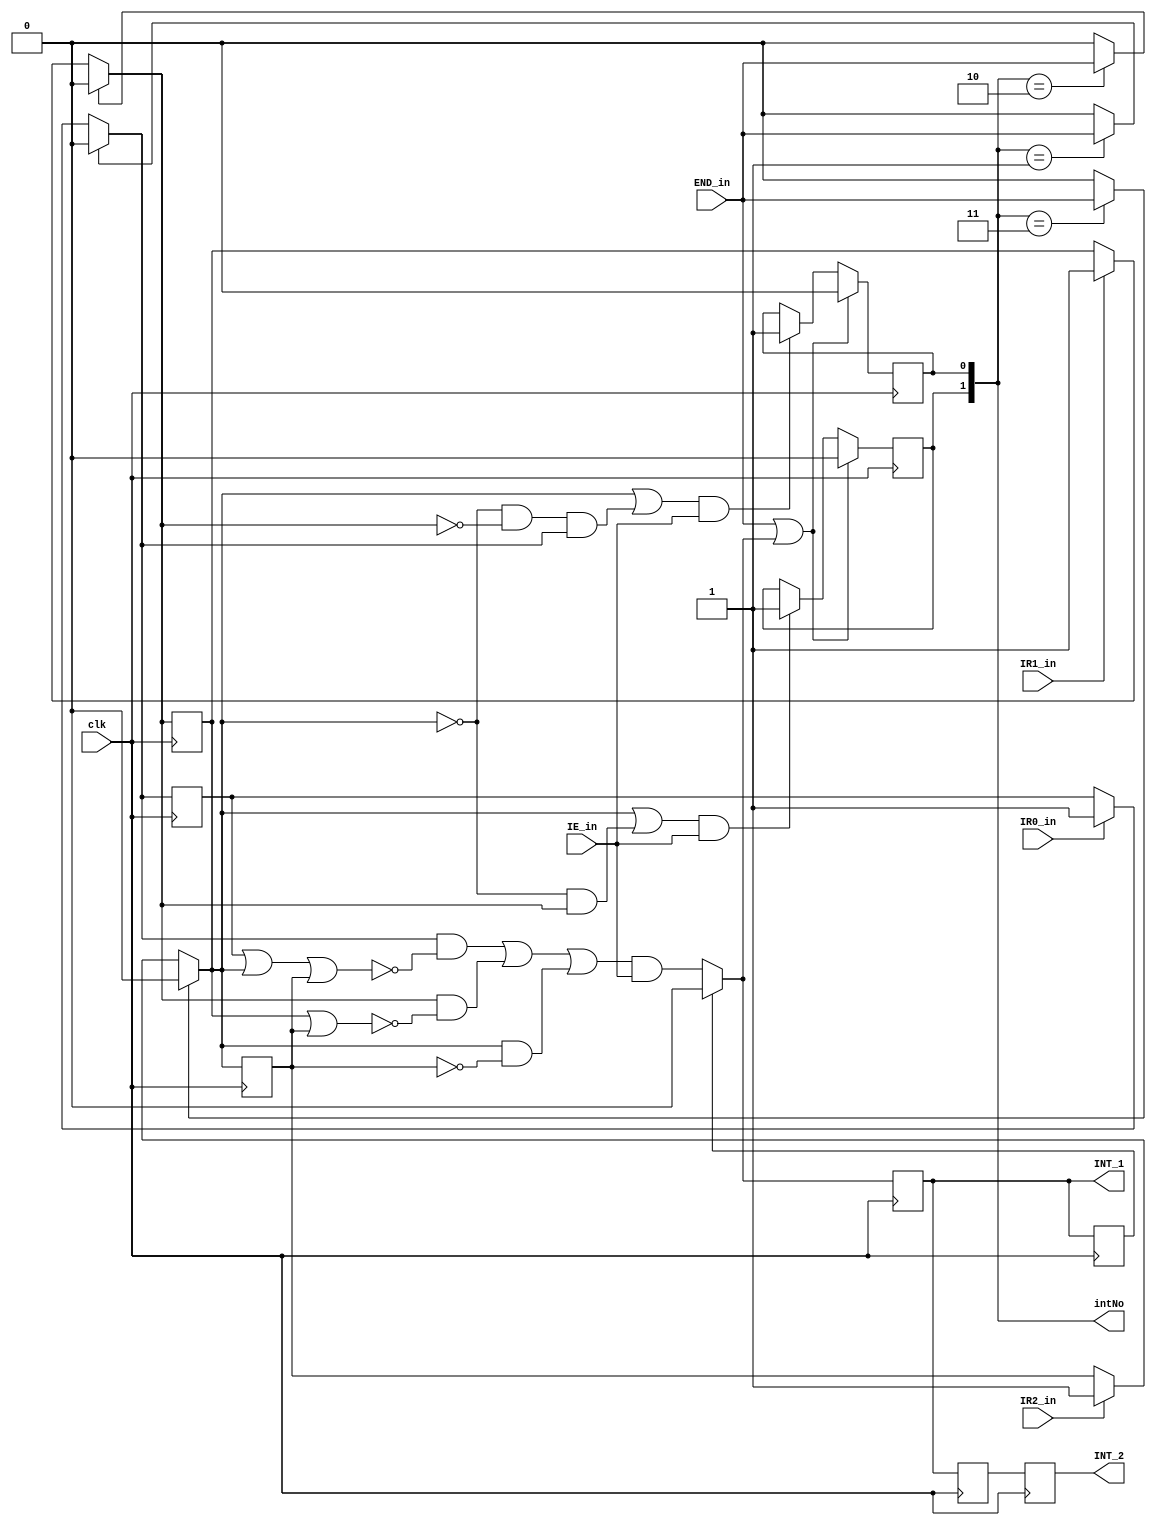
`timescale 1ns / 1ps
//////////////////////////////////////////////////////////////////////////////////
// Company: 
// Engineer: 
// 
// Design Name: 
// Module Name: interupt
// Project Name: 
// Target Devices: 
// Tool Versions: 
// Description: 
// 
// Dependencies: 
// 
// Revision:
// Revision 0.01 - File Created
// Additional Comments:
// 
//////////////////////////////////////////////////////////////////////////////////


module interupt(
    input clk,  
    input IR0_in,
    input IR1_in,
    input IR2_in,
    input END_in,
    input IE_in,
    output reg INT_1,
    output reg INT_2,
    //output reg x,y
    output [1:0]intNo
    );
    reg x,y;
    wire IM0,IM1,IM2;
    wire IR0_clr,IR1_clr,IR2_clr;
    reg INT_clr;
    reg IR0_reg,IR1_reg,IR2_reg;
    reg INT_1_2;
    assign intNo[0] = y,
           intNo[1] = x;
    initial begin
        INT_1<=0;INT_2<=0;INT_clr<=0;x<=0;y<=0;
        IR0_reg<=0;IR1_reg<=0;IR2_reg<=0;
        
        INT_1_2 = 0;
    end
    assign IR0_clr=({x,y}==2'b01)?END_in:0,
        IR1_clr=({x,y}==2'b10)?END_in:0,
        IR2_clr=({x,y}==2'b11)?END_in:0,
        IM0=IR0_reg|IR1_reg|IR2_reg,
        IM1=IR1_reg|IR2_reg,
        IM2=IR2_reg;
    //register #(1) int_reg_(clk,0,1,INT_1,INT_2);
    always@(posedge clk)
    begin
        INT_1_2 <= INT_1;
    end
    always@(negedge clk)
    begin
        INT_2 <= INT_1_2;
    end
    
    always@(negedge clk)
    begin
        INT_clr=INT_1;
    end
    always@(posedge clk)
    begin
        if(IR0_clr) IR0_reg=0;
        else if(IR0_in) IR0_reg=1;
        if(IR1_clr) IR1_reg=0;
        else if(IR1_in) IR1_reg=1; 
        if(IR2_clr) IR2_reg=0;
        else if(IR2_in) IR2_reg=1;
        
        
        if(INT_clr)
            INT_1=0;
        else
            INT_1=(IR0_reg & ~IM0|IR1_reg & ~IM1|IR2_reg & ~IM2) & IE_in;
        
        if(END_in|INT_1)
        begin
            x=0;y=0;
        end
        else begin
            if((IR2_reg|~IR2_reg&IR1_reg)&IE_in)
                x=1;
            if((IR2_reg|~IR2_reg&~IR1_reg&IR0_reg)&IE_in)
                y=1;
        end
    end
endmodule